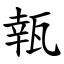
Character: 㼬